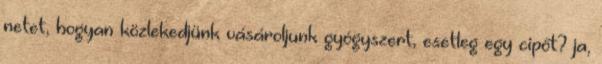
netet, hogyan közlekedjünk vásároljunk gyógyszert, esetleg egy cipőt? ja,